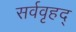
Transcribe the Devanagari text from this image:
सर्ववृहद्